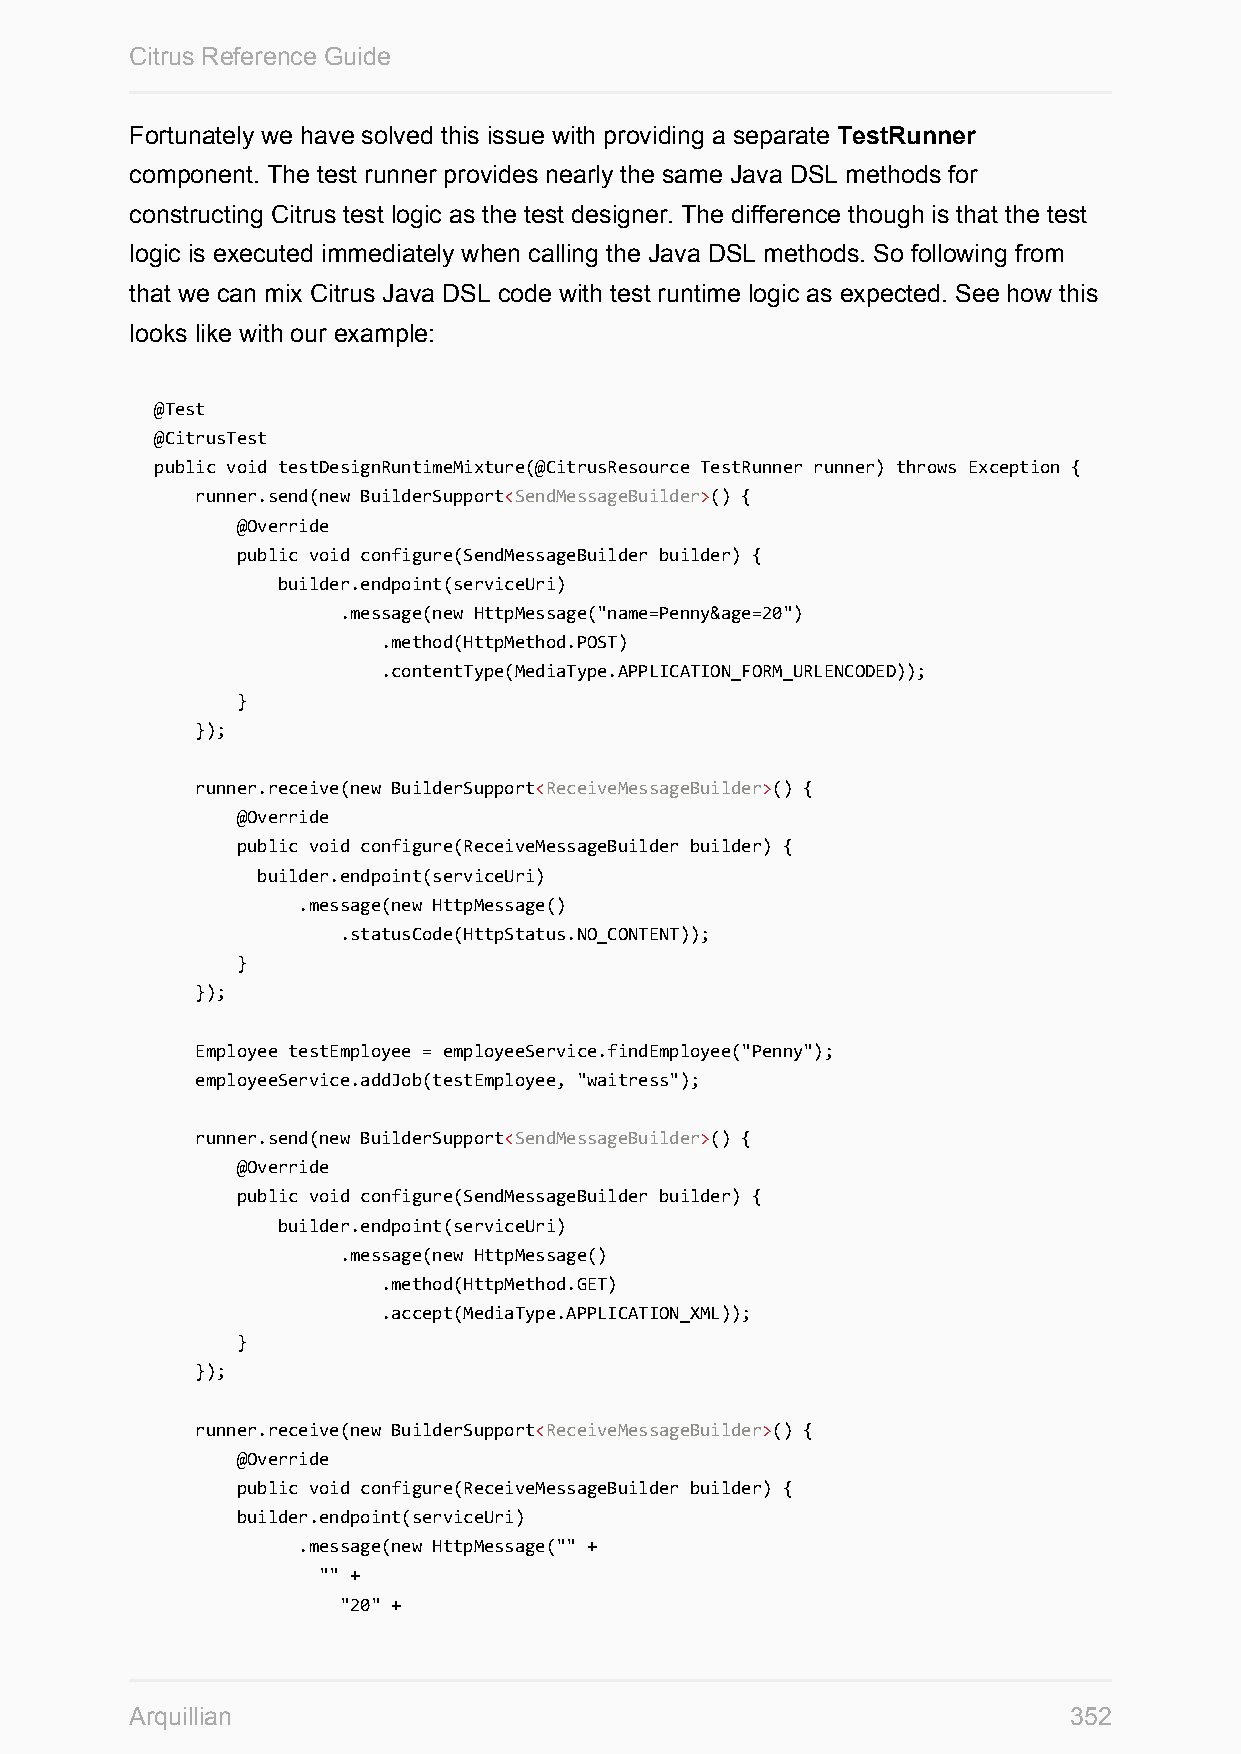
Citrus Reference Guide
 Fortunately we have solved this issue with providing a separate TestRunner
 component. The test runner provides nearly the same Java DSL methods for
 constructing Citrus test logic as the test designer. The difference though is that the test
 logic is executed immediately when calling the Java DSL methods. So following from
 that we can mix Citrus Java DSL code with test runtime logic as expected. See how this
 looks like with our example:
 @Test
 @CitrusTest
 public void testDesignRuntimeMixture(@CitrusResource TestRunner runner) throws Exception {
 runner.send(new BuilderSupport<SendMessageBuilder>() {
 @Override
 public void configure(SendMessageBuilder builder) {
 builder.endpoint(serviceUri)
 .message(new HttpMessage("name=Penny&age=20")
 .method(HttpMethod.POST)
 .contentType(MediaType.APPLICATION_FORM_URLENCODED));
 }
 });
 runner.receive(new BuilderSupport<ReceiveMessageBuilder>() {
 @Override
 public void configure(ReceiveMessageBuilder builder) {
 builder.endpoint(serviceUri)
 .message(new HttpMessage()
 .statusCode(HttpStatus.NO_CONTENT));
 }
 });
 Employee testEmployee = employeeService.findEmployee("Penny");
 employeeService.addJob(testEmployee, "waitress");
 runner.send(new BuilderSupport<SendMessageBuilder>() {
 @Override
 public void configure(SendMessageBuilder builder) {
 builder.endpoint(serviceUri)
 .message(new HttpMessage()
 .method(HttpMethod.GET)
 .accept(MediaType.APPLICATION_XML));
 }
 });
 runner.receive(new BuilderSupport<ReceiveMessageBuilder>() {
 @Override
 public void configure(ReceiveMessageBuilder builder) {
 builder.endpoint(serviceUri)
 .message(new HttpMessage("" +
 "" +
 "20" +
 Arquillian                                                    352